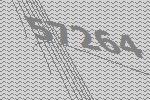
57264